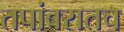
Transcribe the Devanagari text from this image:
तपांबरातच